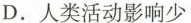
D.人类活动影响少